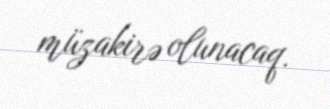
müzakirə olunacaq.